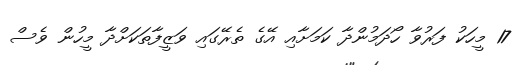
17 މީހަކު ފަރުވާ ހޯދަމުންދާ ކަމަށާއި އޭގެ ތެރޭގައި ވަޒީފާތަކަށްދާ މީހުން ވެސް